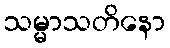
သမ္မာသတိနော